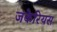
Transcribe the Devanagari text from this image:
जकेरियस